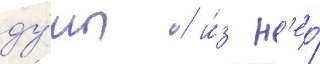
ду́мы / и́з н'ео́